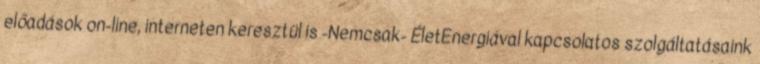
előadások on-line, interneten keresztül is -Nemcsak- ÉletEnergiával kapcsolatos szolgáltatásaink